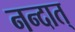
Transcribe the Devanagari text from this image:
नन्दात्